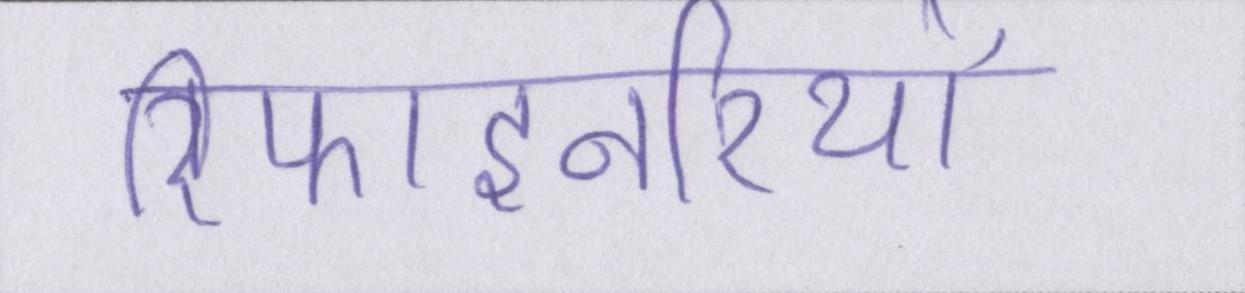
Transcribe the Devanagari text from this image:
रिफाइनरियों